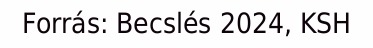
Forrás: Becslés 2024, KSH